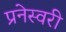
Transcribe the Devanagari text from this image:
प्रनेस्वरी